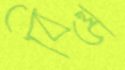
বিল্ড